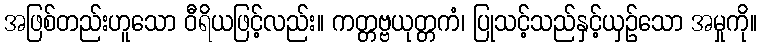
အဖြစ်တည်းဟူသော ဝီရိယဖြင့်လည်း။ ကတ္တဗ္ဗယုတ္တကံ၊ ပြုသင့်သည်နှင့်ယှဉ်သော အမှုကို။